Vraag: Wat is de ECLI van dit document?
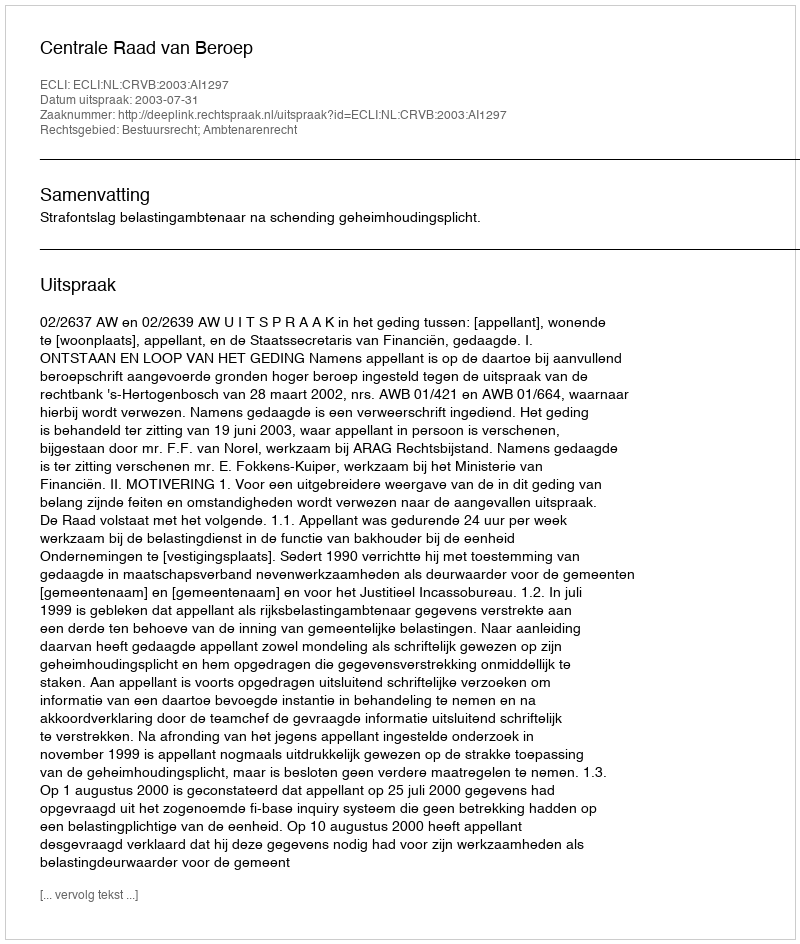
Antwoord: ECLI:NL:CRVB:2003:AI1297